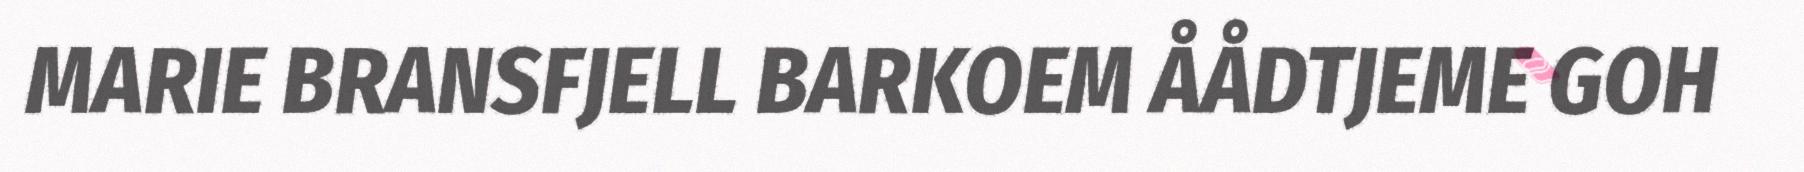
MARIE BRANSFJELL BARKOEM ÅÅDTJEME GOH